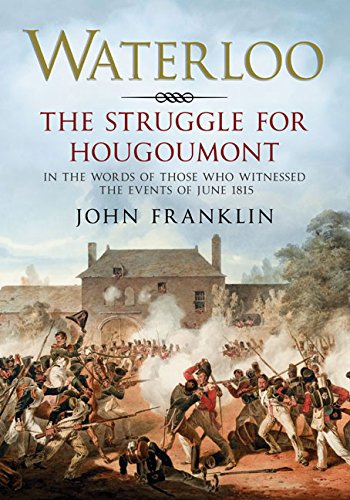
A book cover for Waterloo - The Struggle for Hougoumont: In the words of those who witnessed the events of June 1815; John Franklin; History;